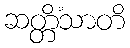
ဆတ္တိံသာတိ